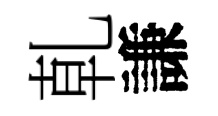
乹謙